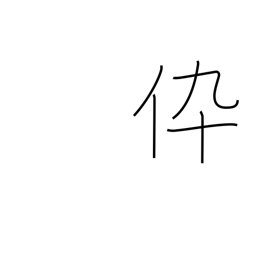
Meaning: son